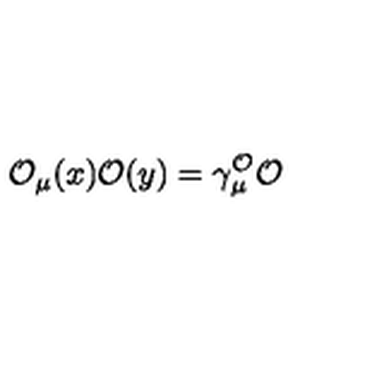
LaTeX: \mathcal { O } _ { \mu } ( x ) \mathcal { O } ( y ) = \gamma _ { \mu } ^ { \mathcal { O } } \mathcal { O }